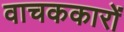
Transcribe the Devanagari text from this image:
वाचककारों